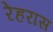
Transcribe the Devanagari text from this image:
रेहरास